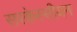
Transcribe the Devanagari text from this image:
सरकेस्सीयन